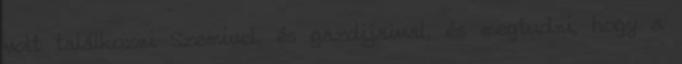
volt találkozni Szemivel, és gazdijaival, és megtudni, hogy a